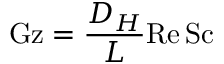
\mathrm { G z } = { \frac { D _ { H } } { L } } \mathrm { R e } \, \mathrm { S c }